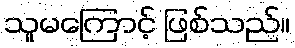
သူမကြောင့် ဖြစ်သည်။